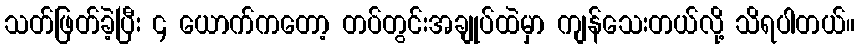
သတ်ဖြတ်ခဲ့ပြီး ၄ ယောက်ကတော့ တပ်တွင်းအချုပ်ထဲမှာ ကျန်သေးတယ်လို့ သိရပါတယ်။